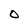
Character: O